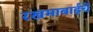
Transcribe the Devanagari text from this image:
रखमाबाईंचे